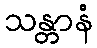
သန္တာနံ